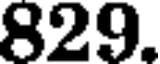
829.